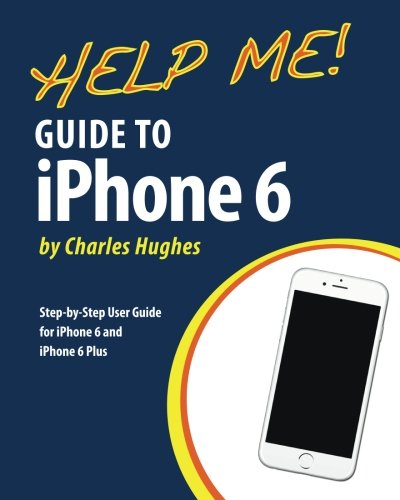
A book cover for Help Me! Guide to iPhone 6: Step-by-Step User Guide for the iPhone 6 and iPhone 6 Plus; Charles Hughes; Engineering & Transportation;